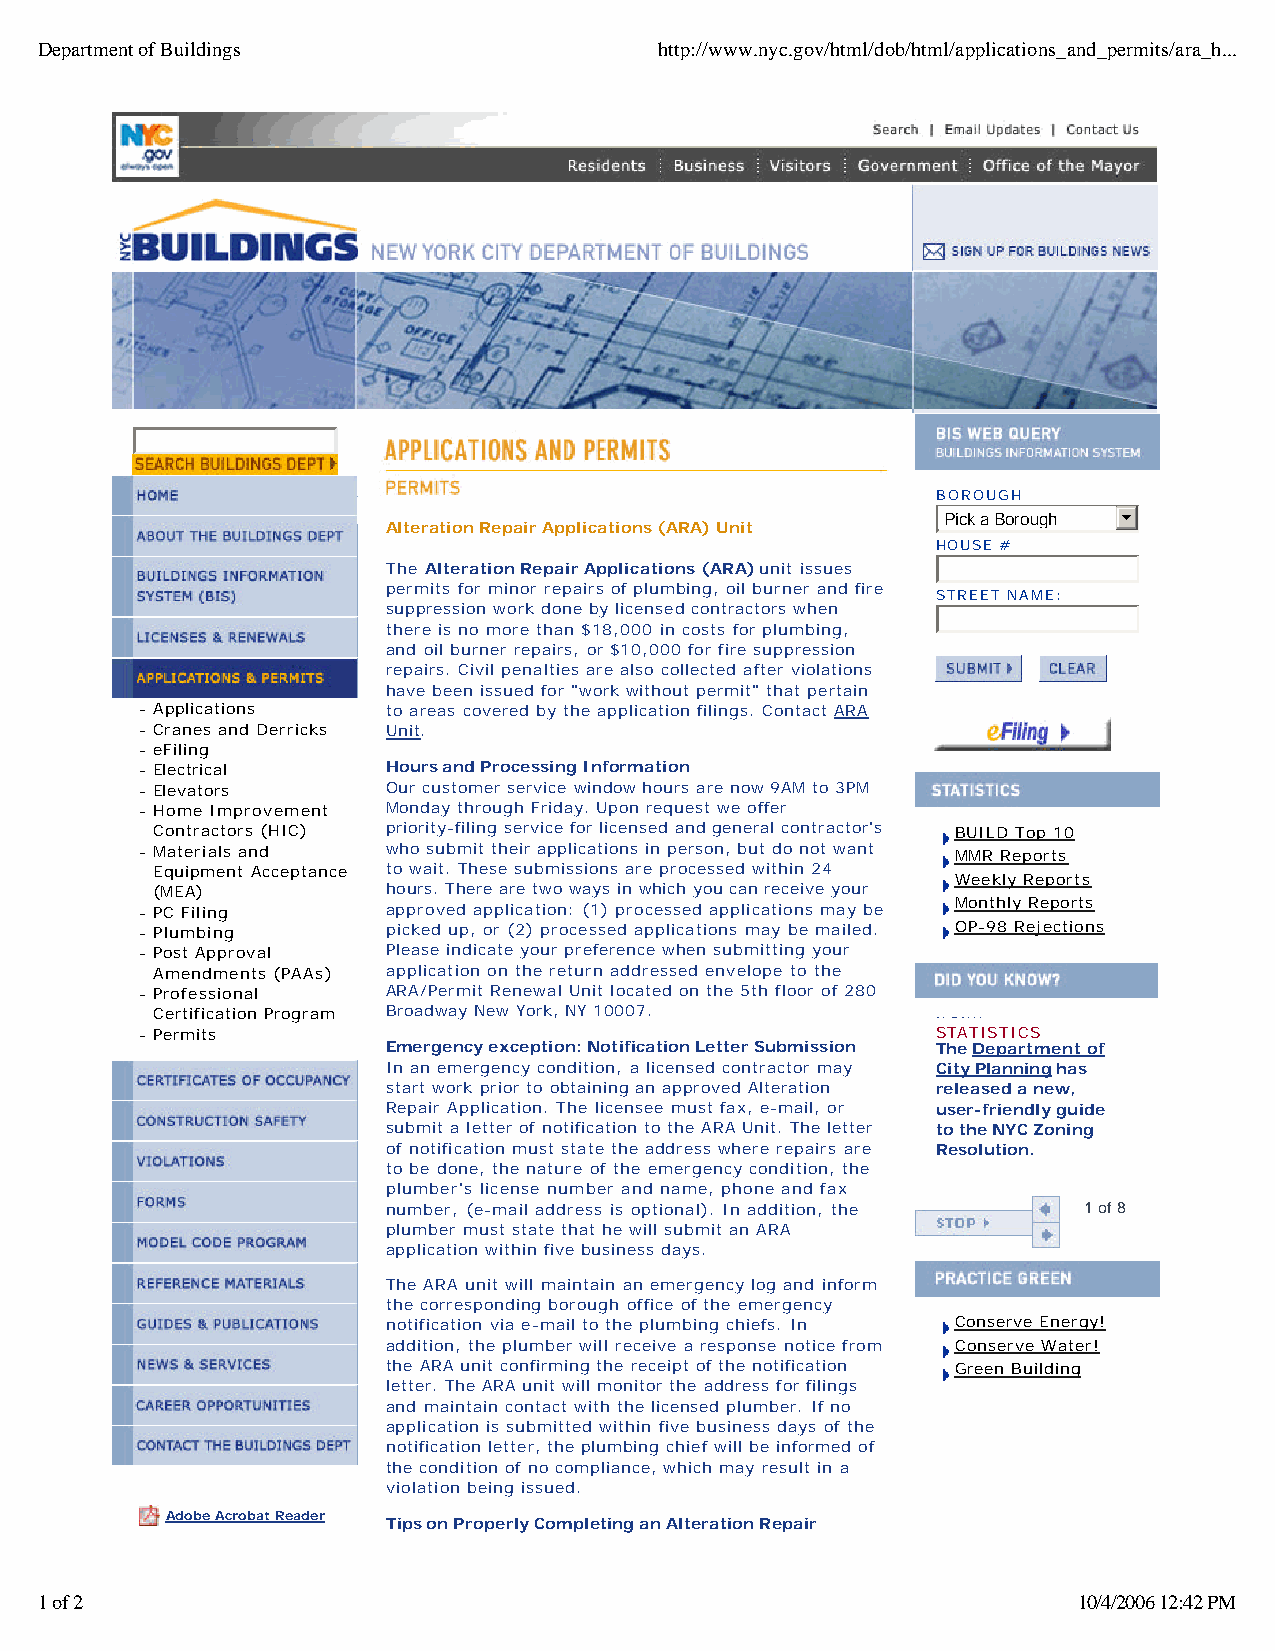
Department of Buildings                   http://www.nyc.gov/html/dob/html/applications_and_permits/ara_h...
 BOROUGH
 PPiicckk aa BBoorroouugghh 6
 Alteration Repair Applications (ARA) Unit
 HOUSE #
 The Alteration Repair Applications (ARA) unit issues
 permits for minor repairs of plumbing, oil burner and fire
 STREET NAME:
 suppression work done by licensed contractors when
 there is no more than $18,000 in costs for plumbing,
 and oil burner repairs, or $10,000 for fire suppression
 repairs. Civil penalties are also collected after violations
 have been issued for "work without permit" that pertain
 - Applications   to areas covered by the application filings. Contact ARA
 - Cranes and Derricks Unit.
 - eFiling
 - Electrical     Hours and Processing Information
 - Elevators      Our customer service window hours are now 9AM to 3PM
 - Home Improvement Monday through Friday. Upon request we offer
 Contractors (HIC) priority-filing service for licensed and general contractor's BUILD Top 10
 - Materials and  who submit their applications in person, but do not want MMR Reports
 Equipment Acceptance to wait. These submissions are processed within 24
 Weekly Reports
 (MEA)           hours. There are two ways in which you can receive your
 - PC Filing      approved application: (1) processed applications may be Monthly Reports
 - Plumbing       picked up, or (2) processed applications may be mailed. OP-98 Rejections
 - Post Approval  Please indicate your preference when submitting your
 Amendments (PAAs) application on the return addressed envelope to the
 - Professional   ARA/Permit Renewal Unit located on the 5th floor of 280
 Certification Program Broadway New York, NY 10007.  from:
 - Permits                                            STATISTICS
 Emergency exception: Notification Letter Submission The Department of
 In an emergency condition, a licensed contractor may City Planning has
 start work prior to obtaining an approved Alteration released a new,
 Repair Application. The licensee must fax, e-mail, or user-friendly guide
 submit a letter of notification to the ARA Unit. The letter to the NYC Zoning
 of notification must state the address where repairs are Resolution.
 to be done, the nature of the emergency condition, the
 plumber's license number and name, phone and fax
 number, (e-mail address is optional). In addition, the 1 of 8
 plumber must state that he will submit an ARA
 application within five business days.
 The ARA unit will maintain an emergency log and inform
 the corresponding borough office of the emergency
 notification via e-mail to the plumbing chiefs. In Conserve Energy!
 addition, the plumber will receive a response notice from Conserve Water!
 the ARA unit confirming the receipt of the notification Green Building
 letter. The ARA unit will monitor the address for filings
 and maintain contact with the licensed plumber. If no
 application is submitted within five business days of the
 notification letter, the plumbing chief will be informed of
 the condition of no compliance, which may result in a
 violation being issued.
 Adobe Acrobat Reader
 Tips on Properly Completing an Alteration Repair
 1 of 2                                                               10/4/2006 12:42 PM